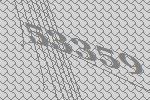
53359